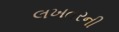
લખતરની